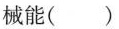
械能()